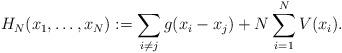
LaTeX: \begin{align*} H_N(x_1,\ldots,x_N) := \sum_{i\neq j} g(x_i-x_j) + N\sum_{i=1}^N V(x_i).\end{align*}